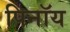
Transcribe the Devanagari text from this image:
पिनॉय